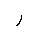
Letter: _ra